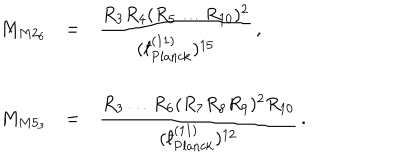
\begin{array} { r c l } { { M _ { M 2 _ { 6 } } } } & { { = } } & { { { \displaystyle \frac { R _ { 3 } R _ { 4 } ( R _ { 5 } \ldots R _ { 1 0 } ) ^ { 2 } } { ( { } ^ { - } \! \! \! \! \ell _ { \mathrm { P l a n c k } } ^ { ( 1 1 ) } ) ^ { 1 5 } } } \, , } } \\ { { } } & { { } } & { { } } \\ { { M _ { M 5 _ { 3 } } } } & { { = } } & { { { \displaystyle \frac { R _ { 3 } \ldots R _ { 6 } ( R _ { 7 } R _ { 8 } R _ { 9 } ) ^ { 2 } R _ { 1 0 } } { ( { } ^ { - } \! \! \! \! \ell _ { \mathrm { P l a n c k } } ^ { ( 1 1 ) } ) ^ { 1 2 } } } \, . } } \\ \end{array}